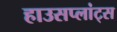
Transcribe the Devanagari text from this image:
हाउसप्लांट्स